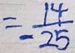
= \frac { 1 4 } { - 2 5 }